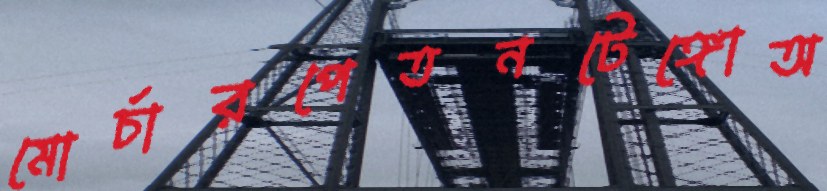
মোর্চারপেতনটেঙ্গোঅ